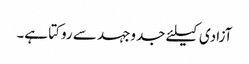
آزادی کیلئے جدوجہد سے روکتا ہے۔